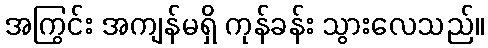
အကြွင်း အကျန်မရှိ ကုန်ခန်း သွားလေသည်။